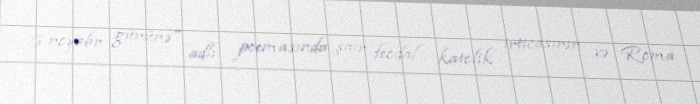
5 noyabr gününə" adlı poemasında şair feodal katolik irticasının və Roma